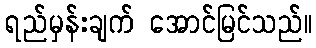
ရည်မှန်းချက် အောင်မြင်သည်။